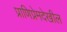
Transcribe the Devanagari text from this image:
प्राणिप्रेमदेखील